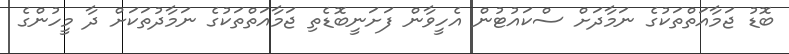
ބޮޑު ޖަމާއަތްތަކުގެ ނަމާދަށް ސްކައުޓުން އެހީވާން ފަށަނީބޮޑެތި ޖަމާއަތްތަކުގެ ނަމާދުތަކަށް ދާ މީހުންގެ